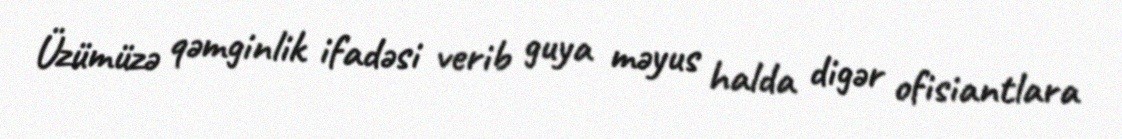
Üzümüzə qəmginlik ifadəsi verib guya məyus halda digər ofisiantlara